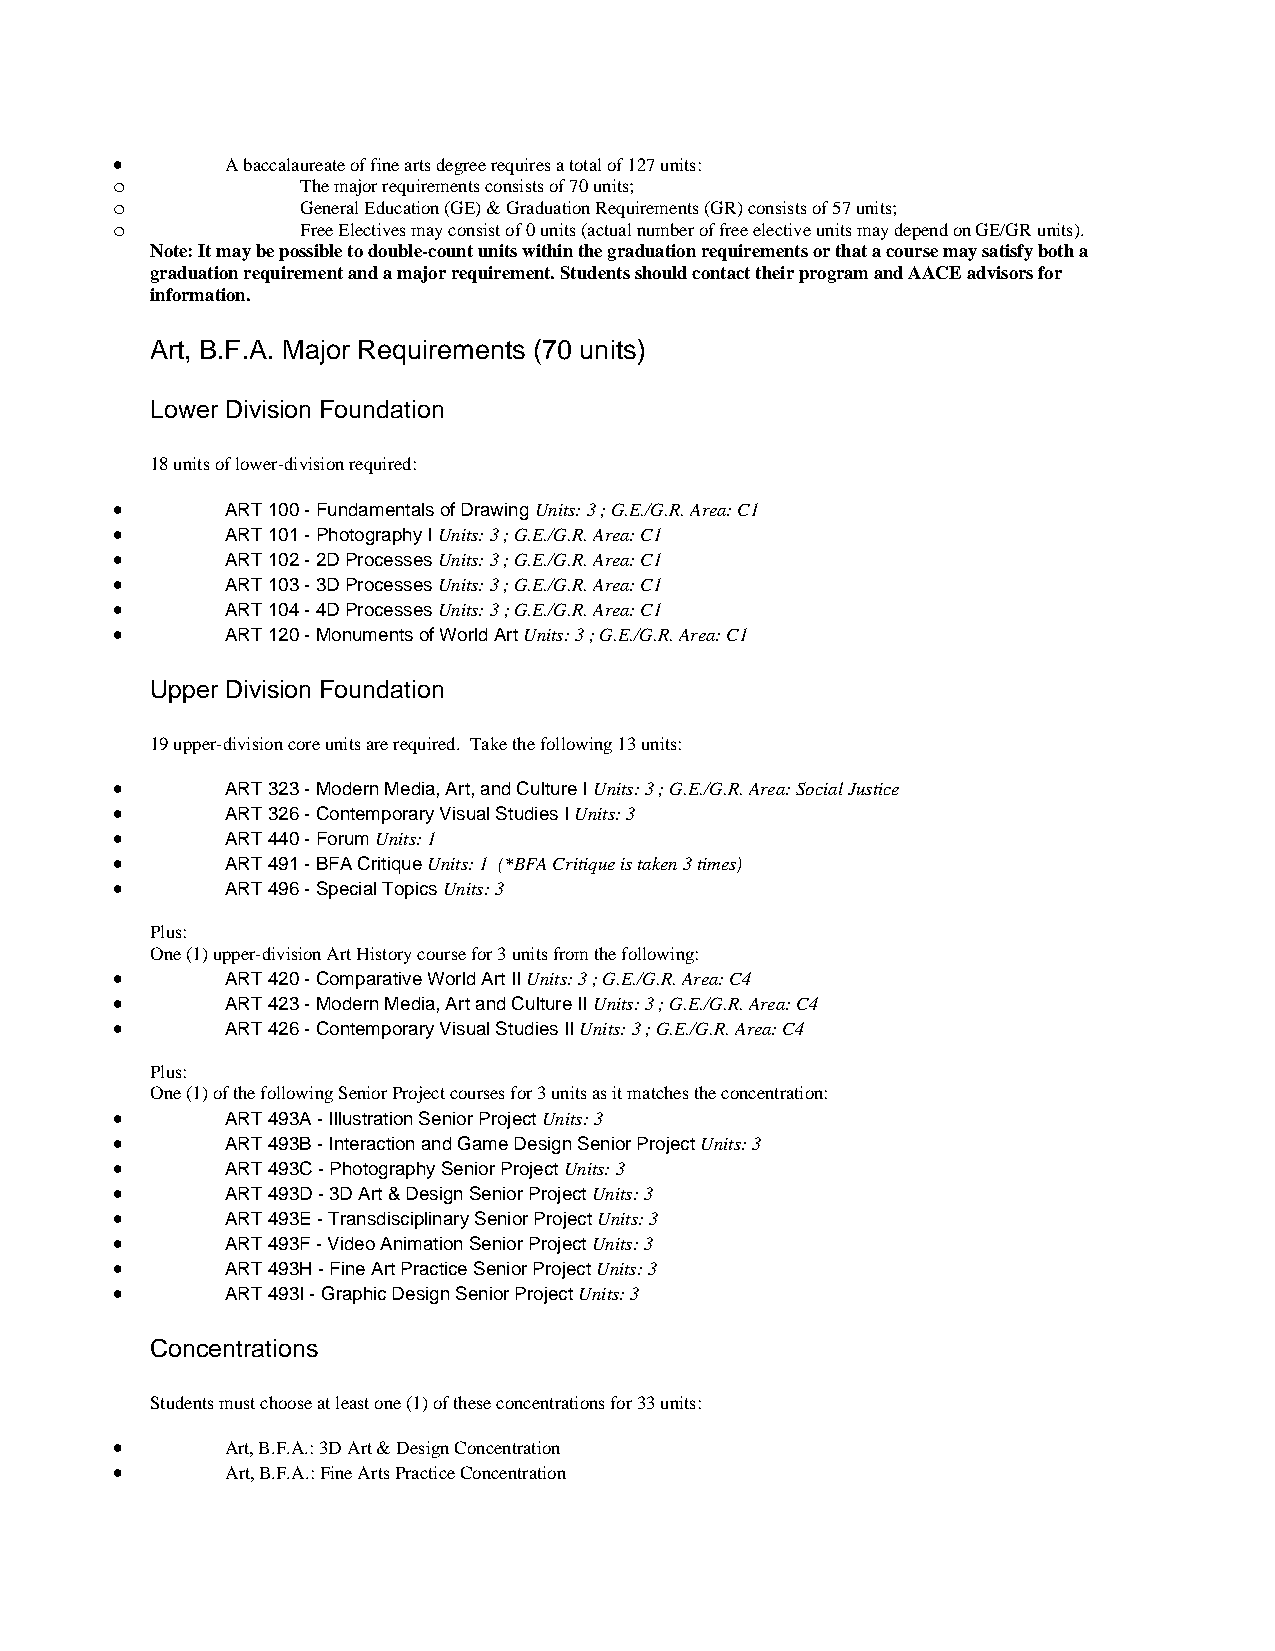
•       A baccalaureate of fine arts degree requires a total of 127 units:
 o            The major requirements consists of 70 units;
 o            General Education (GE) & Graduation Requirements (GR) consists of 57 units;
 o            Free Electives may consist of 0 units (actual number of free elective units may depend on GE/GR units).
 Note: It may be possible to double-count units within the graduation requirements or that a course may satisfy both a
 graduation requirement and a major requirement. Students should contact their program and AACE advisors for
 information.
 Art, B.F.A. Major Requirements (70 units)
 Lower Division Foundation
 18 units of lower-division required:
 •       ART 100 - Fundamentals of Drawing Units: 3 ; G.E./G.R. Area: C1
 •       ART 101 - Photography I Units: 3 ; G.E./G.R. Area: C1
 •       ART 102 - 2D Processes Units: 3 ; G.E./G.R. Area: C1
 •       ART 103 - 3D Processes Units: 3 ; G.E./G.R. Area: C1
 •       ART 104 - 4D Processes Units: 3 ; G.E./G.R. Area: C1
 •       ART 120 - Monuments of World Art Units: 3 ; G.E./G.R. Area: C1
 Upper Division Foundation
 19 upper-division core units are required. Take the following 13 units:
 •       ART 323 - Modern Media, Art, and Culture I Units: 3 ; G.E./G.R. Area: Social Justice
 •       ART 326 - Contemporary Visual Studies I Units: 3
 •       ART 440 - Forum Units: 1
 •       ART 491 - BFA Critique Units: 1 (*BFA Critique is taken 3 times)
 •       ART 496 - Special Topics Units: 3
 Plus:
 One (1) upper-division Art History course for 3 units from the following:
 •       ART 420 - Comparative World Art II Units: 3 ; G.E./G.R. Area: C4
 •       ART 423 - Modern Media, Art and Culture II Units: 3 ; G.E./G.R. Area: C4
 •       ART 426 - Contemporary Visual Studies II Units: 3 ; G.E./G.R. Area: C4
 Plus:
 One (1) of the following Senior Project courses for 3 units as it matches the concentration:
 •       ART 493A - Illustration Senior Project Units: 3
 •       ART 493B - Interaction and Game Design Senior Project Units: 3
 •       ART 493C - Photography Senior Project Units: 3
 •       ART 493D - 3D Art & Design Senior Project Units: 3
 •       ART 493E - Transdisciplinary Senior Project Units: 3
 •       ART 493F - Video Animation Senior Project Units: 3
 •       ART 493H - Fine Art Practice Senior Project Units: 3
 •       ART 493I - Graphic Design Senior Project Units: 3
 Concentrations
 Students must choose at least one (1) of these concentrations for 33 units:
 •       Art, B.F.A.: 3D Art & Design Concentration
 •       Art, B.F.A.: Fine Arts Practice Concentration